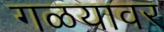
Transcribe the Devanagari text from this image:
गळयावर